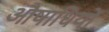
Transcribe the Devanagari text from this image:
औषाधियों